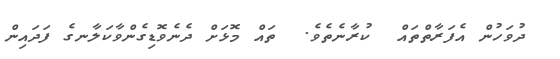
ދުވަހުން އެފަރާތްތައް  ކުރާނެތެވެ.  ތައް މޮޅަށް ދެނެވޮޑިގެންވާކަލާނގެ ފަދައިން